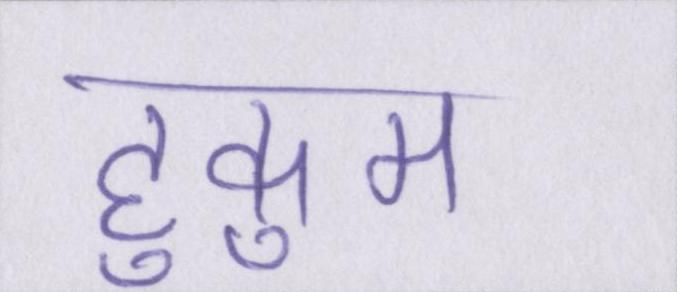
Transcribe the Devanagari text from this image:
हुकुम